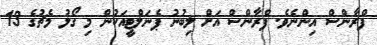
ފްރާންސް އިންނެވެ. ފްރާންސް އަށް ލިބުނު ޕެނަލްޓީއަކުން މި ގޯލު މެޗުގެ 13